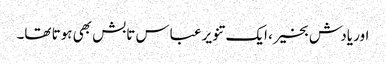
اور یادش بخیر، ایک تنویر عباس تابش بھی ہوتا تھا۔